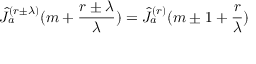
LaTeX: \hat { J } _ { a } ^ { ( r \pm \lambda ) } ( m + \frac { r \pm \lambda } { \lambda } ) = \hat { J } _ { a } ^ { ( r ) } ( m \pm 1 + \frac { r } { \lambda } )